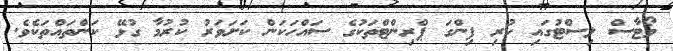
ވޯޓާސް ލިސްޓުގައި ހުރި ފިންގަ ޕްރިންޓްތަކުގެ ސައްހަކަން ކަށަވަރު ކުރުމާ ގުޅޭ ކަންތައްތަކެވެ.